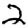
Digit: 2